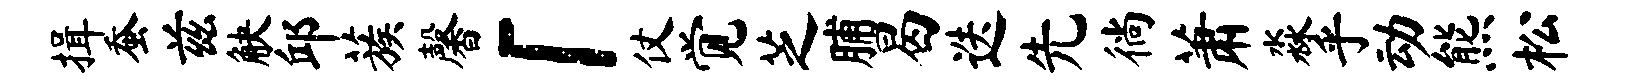
揖蚕兹觖邱蔟馨「仗觉芝脯曷迭先徜萧淼乎动熊松